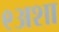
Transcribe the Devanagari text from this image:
९अशा